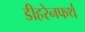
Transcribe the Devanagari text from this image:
डीहरेनफर्थ